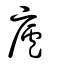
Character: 廬